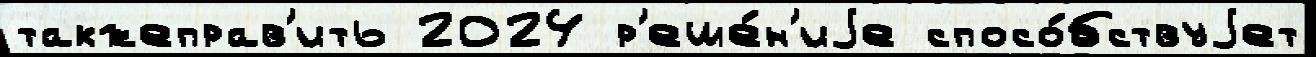
такжеправ'ить 2024 р'еше́н'иjе спосо́бствуjет